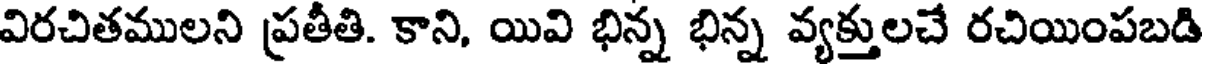
విరచితములని ప్రతీతి. కాని, యివి భిన్న భిన్న వ్యక్తులచే రచియింపబడి